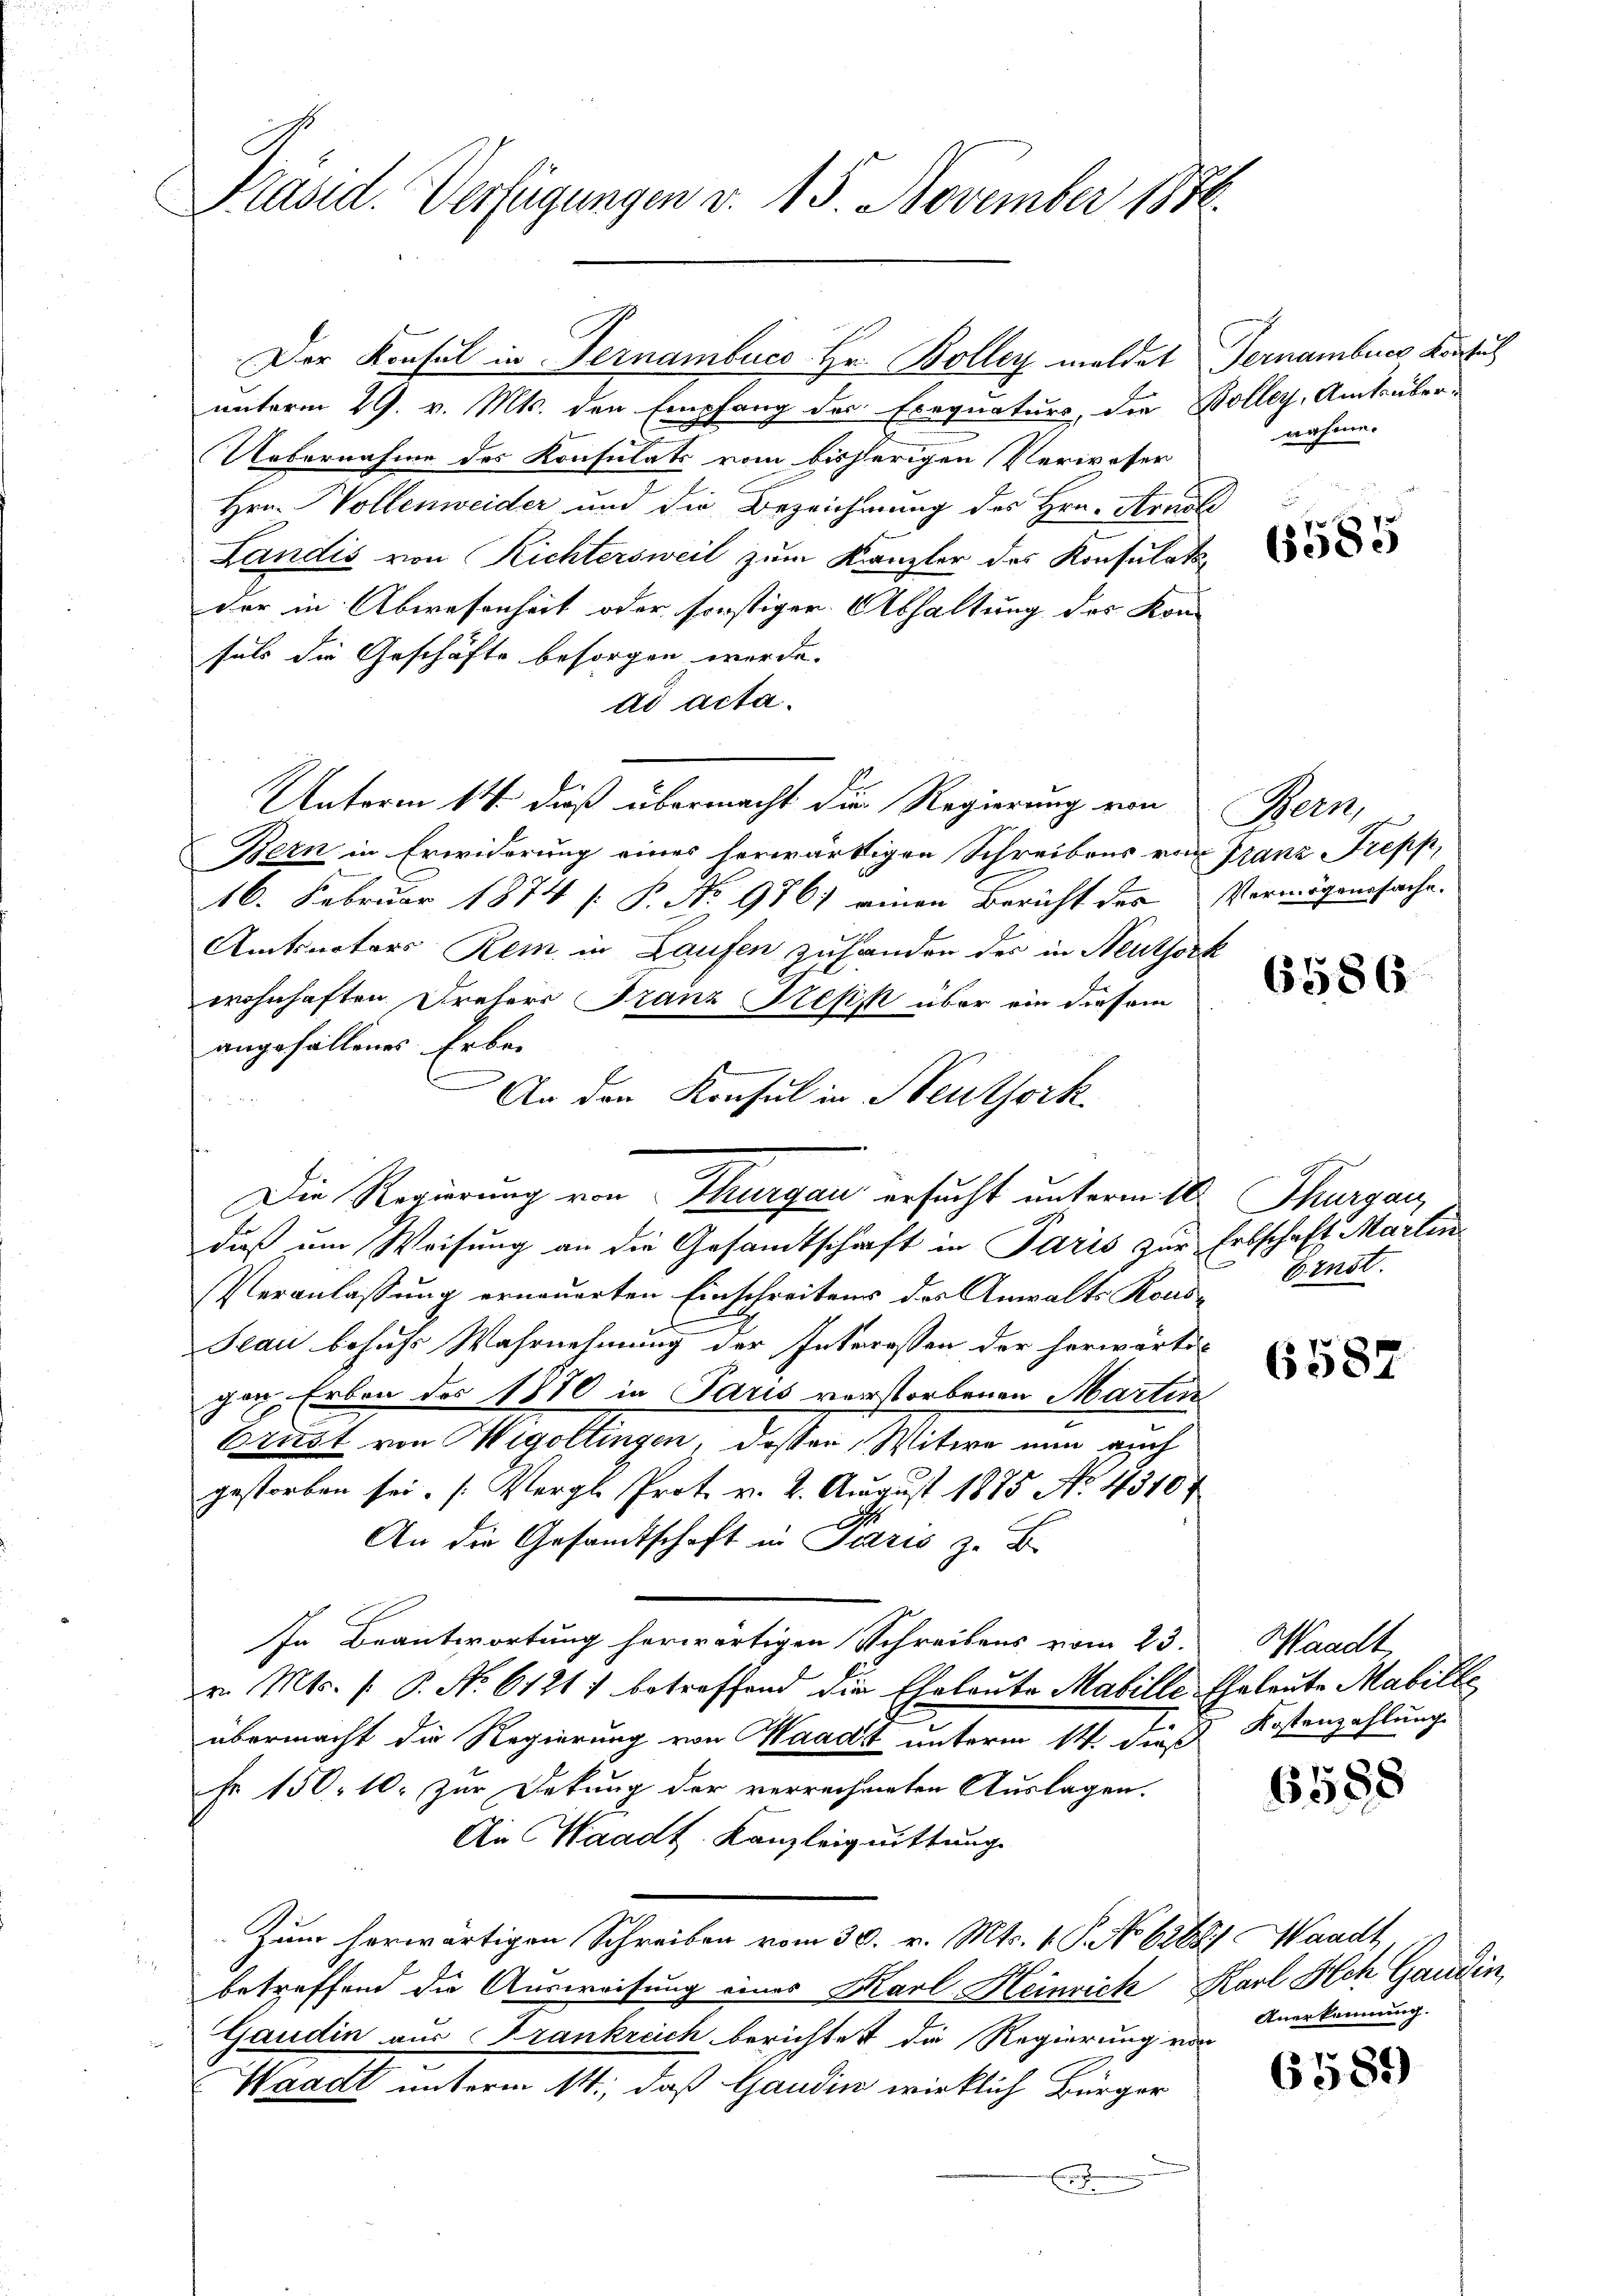
Präsid. Verfügungen v. 15. November 1846.

Der Konsul in Fernambuco Hr. Boller meldet Gernamburg konsul
unterm 29. v. Mts. den Empfang des Exequaturs, die Boller, Amtsüber-
Uebernahme des Konsulats vom bisherigen Verweser
Hrn. Vollenweider und die Bezeichnung des Hrn. Arnste
Landis von Richtersweil zum Kanzler des Konsulatsder in Abwesenheit oder sonstiger Abhaltung des Kon-
sals die Geschäfte besorgen werde.
ad acta.
Unterm 14. dieß übermacht die Regierung von
Bern in Erwiderung eines herwärtigen Schreibens von Franz Trepp,
16. Februar 1874 [ P. No 9867 einen Bericht des Vermögenssache.
Amtsnotors Rem in Laufen zuhanden des in Neuthork
wohnhaften Frehers Franz Repsk über ein diesem
angefallenes Erben
An den Konsul in Neuthork
daß um Weisung an die Gesamtschaft in Paris zur Erbschaft Martin
Veranlassung erneuerten Einschreitens des Anwalts Kons-Ernst
Seau behufs Wahrnehmung der Interessen der herwärtiger Erben des 1870 in Paris verstorbenen Martin
brust von Wigoltingen, dassen Mitere nun auch
gestorben sei. (Vergl. Prot. v. 2. August 1875 No 43107
An die Gesamtschaft in Pizzis z. B.
In Beantwortung herwärtigen Schreibens vom 23.
Dr. Mts. f. P. Nr. 61211 betreffend die Eheleute Mabille Eheleute Mabille
übermacht die Regierung von Waadt unterm 14. dieß
Fr 150. 10. zur Dekung der verrechneten Auslagen.
An Waadt. Kanzleiguittung
Zum herwärtigen Schreiben vom 30. v. Mts. v. P. No 6288.) Waadt
betreffend die Ausweisung eines Karl Heinrich, Karl Ach Gaudin,
Gaudin aus Frankreich berichtet die Regierung von
Waadt unterm 14., daß Gaudin wirklich Bürger
Er

Die Regierung von Thurgau ersucht unterm 10. Thurgau

nahme.

65585

Bern

6586

6587

Waadt
Kostenzahlung

6588

Anerkennung.

6589)